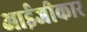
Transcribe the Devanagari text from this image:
आईजीकार